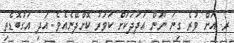
ރ. އަށް ވުރެ ގިނަ ނޫން އަދަދަކަށް ކަވަރު ކޮށްދޭނެއެވެ. އަދި އަގުބޮޑެތި